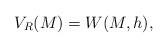
LaTeX: \begin{align*}V_R(M) = W(M,h),\end{align*}